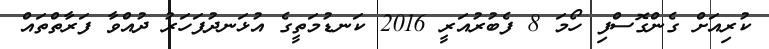
ކުރިއަށް ގެންގޮސްފި ހޯމަ 8 ފެބުރުއަރީ 2016 ކަނޑުމަތީގެ އުޅަނދުފަހަރު ދުއްވާ ފަރާތްތައް